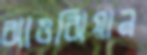
ঝাওঝিয়ান